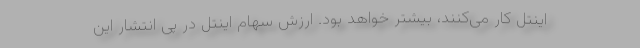
اینتل کار می‌کنند، بیشتر خواهد بود. ارزش سهام اینتل در پی انتشار این